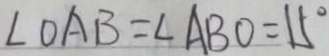
\angle O A B = \angle A B O = 1 5 ^ { \circ }